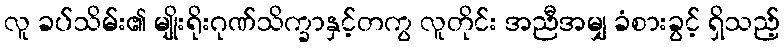
လူ ခပ်သိမ်း၏ မျိုးရိုးဂုဏ်သိက္ခာနှင့်တကွ လူတိုင်း အညီအမျှ ခံစားခွင့် ရှိသည့်